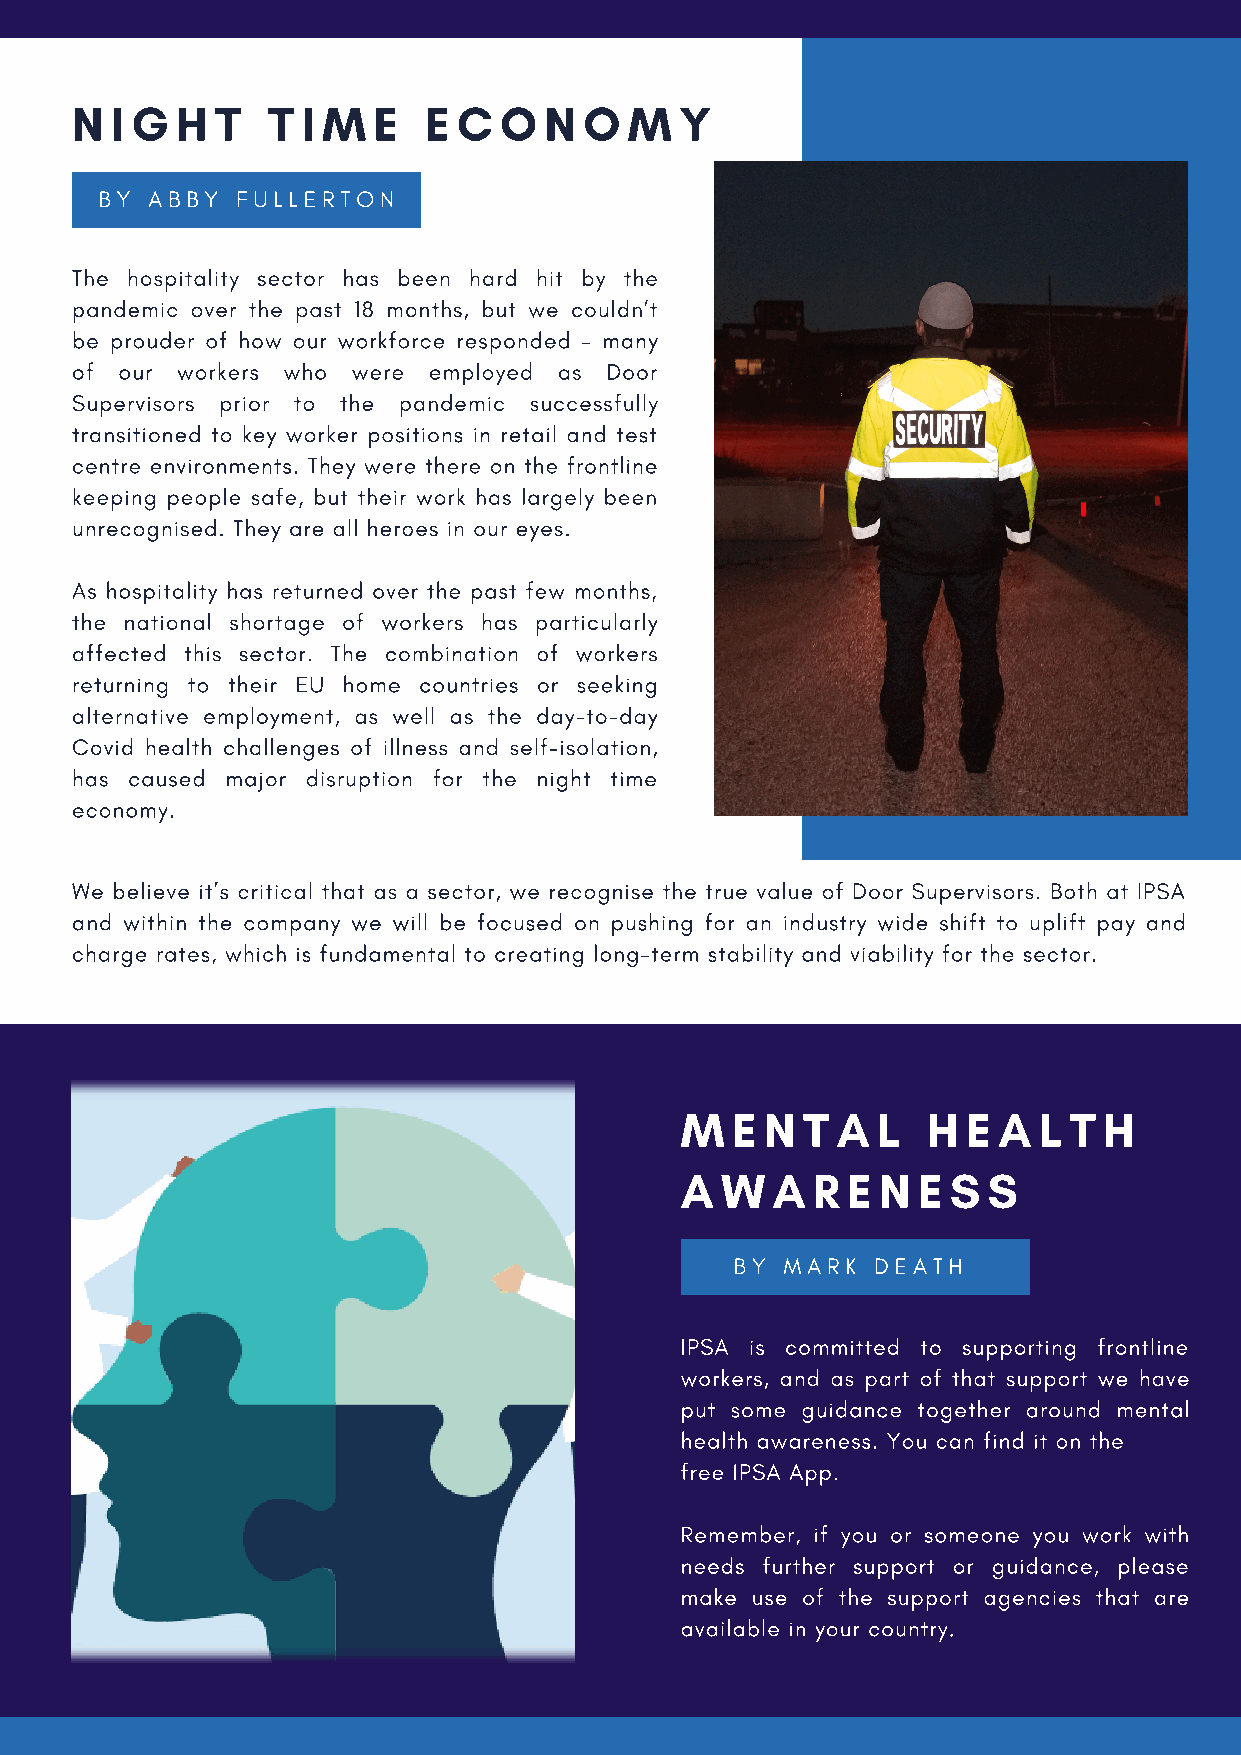
N I G  H T   T I M  E  E C  O  N  O  M  Y
 BY ABBY  FULLERTON
 The hospitality sector has been hard hit by the
 pandemic over the past 18 months, but we couldn’t
 be prouder of how our workforce responded – many
 of our workers who were employed as Door
 Supervisors prior to the pandemic successfully
 transitioned to key worker positions in retail and test
 centre environments. They were there on the frontline
 keeping people safe, but their work has largely been
 unrecognised. They are all heroes in our eyes.
 As hospitality has returned over the past few months,
 the national shortage of workers has particularly
 affected this sector. The combination of workers
 returning to their EU home countries or seeking
 alternative employment, as well as the day-to-day
 Covid health challenges of illness and self-isolation,
 has caused major disruption for the night time
 economy.
 We believe it’s critical that as a sector, we recognise the true value of Door Supervisors. Both at IPSA
 and within the company we will be focused on pushing for an industry wide shift to uplift pay and
 charge rates, which is fundamental to creating long-term stability and viability for the sector.
 M  E  N T A  L  H  E A  L T H
 A  W  A  R E N  E S S
 BY MARK  DEATH
 IPSA is committed to supporting frontline
 workers, and as part of that support we have
 put some guidance together around mental
 health awareness. You can find it on the
 free IPSA App.
 Remember, if you or someone you work with
 needs further support or guidance, please
 make use of the support agencies that are
 available in your country.